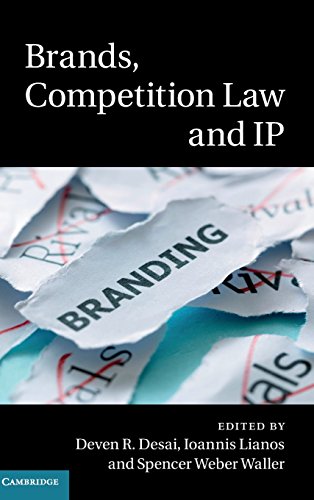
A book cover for Brands, Competition Law and IP; Law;